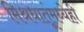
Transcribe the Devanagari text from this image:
मिश्रधातूंमध्येही